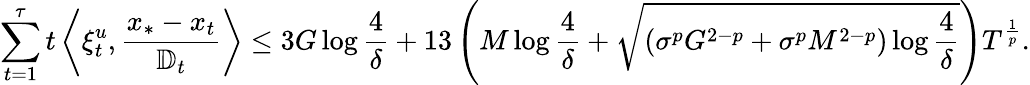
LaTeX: \sum_{t=1}^{\tau}t\left\langle\xi_{t}^{u},\frac{x_{*}-x_{t}}{\mathbb{D}_{t}}\right\rangle\leq 3G\log\frac{4}{\delta}+13\left(M\log\frac{4}{\delta}+\sqrt{\left(\sigma^{p}G^{2-p}+\sigma^{p}M^{2-p}\right)\log\frac{4}{\delta}}\right)T^{\frac{1}{p}}.